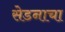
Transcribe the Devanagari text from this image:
सेडनाचा